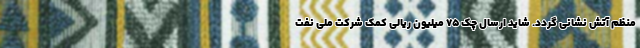
منظم آتش نشانی گردد. شاید ارسال چک 75 میلیون ریالی کمک شرکت ملی نفت